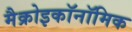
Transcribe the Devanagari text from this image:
मैक्रोइकॉनॉमिक